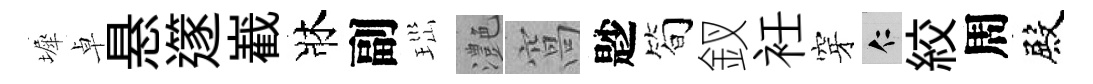
墀卓悬𨗹嶻牀副𤤼灔窩尟简釵衽穿仁絞周殿